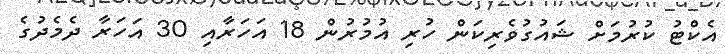
އެކްޓު ކުރުމަށް ޝައުގުވެރިކަން ހުރި އުމުރުން 18 އަހަރާއި 30 އަހަރާ ދެމެދުގެ